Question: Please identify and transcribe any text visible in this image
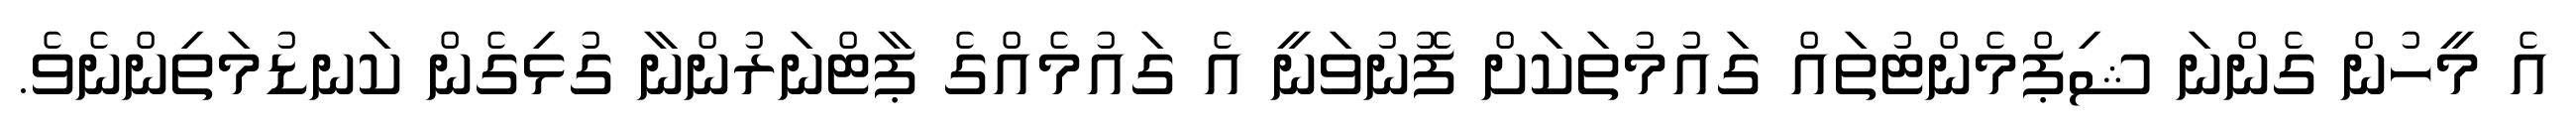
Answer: އެ މީހުން ގެންނަ ޝިޕްމެންޓުތައް ގައުމުތަކަށް ފޮނުވަނީ އެ ގައުމެއްގެ ޕާޓްނަރުންނާ ގުޅިގެން ކަނޑުމަތިންނެވެ.